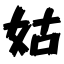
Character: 姑